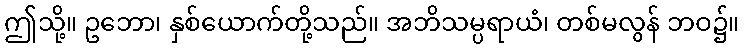
ဤသို့။ ဥဘော၊ နှစ်ယောက်တို့သည်။ အဘိသမ္ပရာယံ၊ တစ်မလွန် ဘဝ၌။